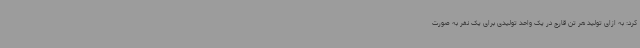
کرد: به ازای تولید هر تن قارچ در یک واحد تولیدی برای یک نفر به صورت